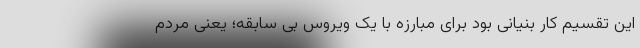
این تقسیم کار بنیانی بود برای مبارزه با یک ویروس بی سابقه؛ یعنی مردم